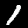
Digit: 1